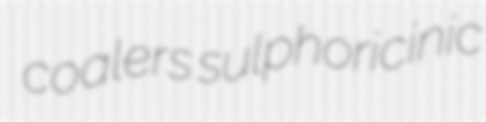
coalers sulphoricinic